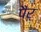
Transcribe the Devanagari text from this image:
पैर्